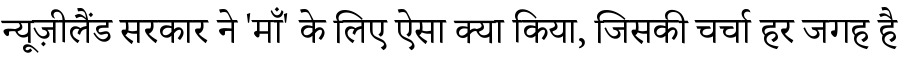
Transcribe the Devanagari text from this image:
न्यूज़ीलैंड सरकार ने 'माँ' के लिए ऐसा क्या किया, जिसकी चर्चा हर जगह है